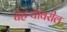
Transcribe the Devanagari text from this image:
चेहऱ्यांवरील